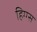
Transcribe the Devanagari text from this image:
हिग्ग्स